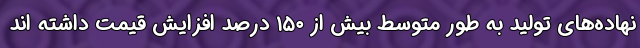
نهاده‌های تولید به طور متوسط بیش از ۱۵۰ درصد افزایش قیمت داشته اند